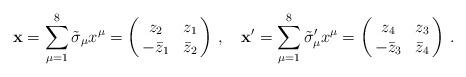
LaTeX: \begin{align*}\mathbf{x}=\sum_{\mu =1}^8 \tilde{\sigma}_{\mu}x^{\mu}=\left( \begin{array}{@{\,}cc@{\,}} z_2 & z_1\\ -\bar{z}_1 & \bar{z}_2 \end{array} \right)\,,\quad \mathbf{x}'=\sum_{\mu =1}^8 \tilde{\sigma}'_{\mu}x^{\mu}=\left( \begin{array}{@{\,}cc@{\,}} z_4 & z_3\\ -\bar{z}_3 & \bar{z}_4 \end{array} \right)\,. \end{align*}